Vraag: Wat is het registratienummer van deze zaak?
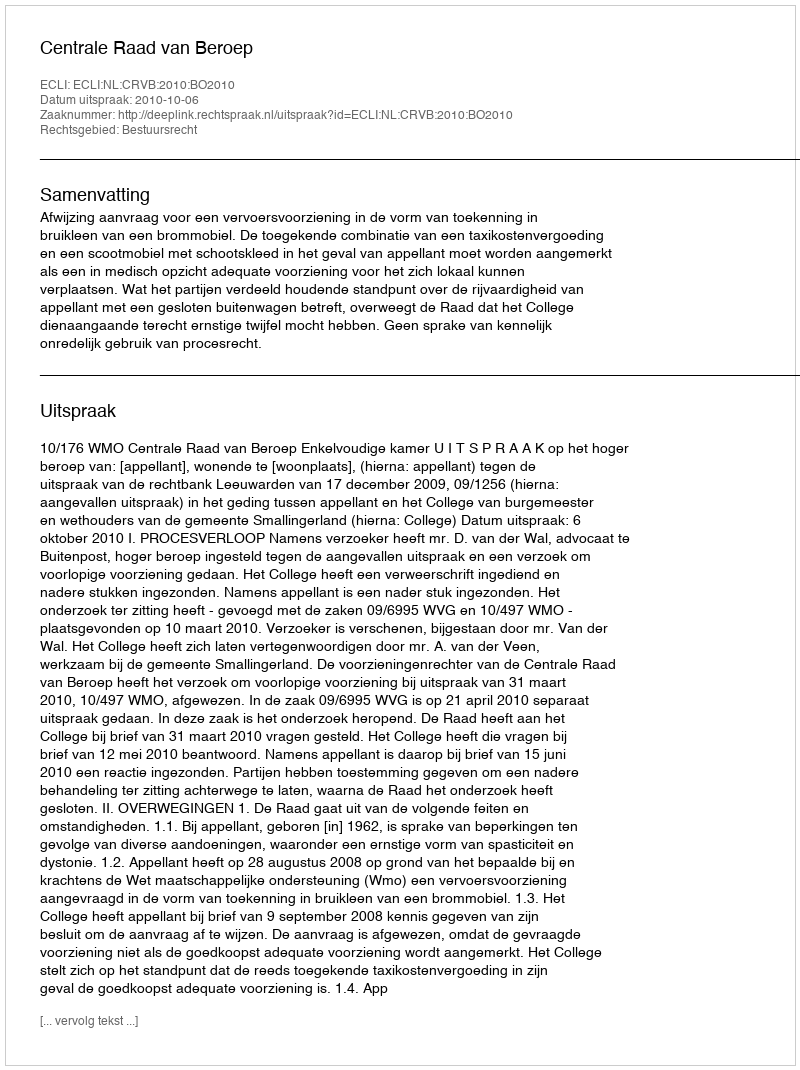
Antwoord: http://deeplink.rechtspraak.nl/uitspraak?id=ECLI:NL:CRVB:2010:BO2010